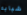
شبابه